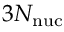
3 N _ { \mathrm { n u c } }